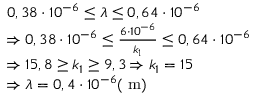
\begin{array} { r l } & { 0 , 3 8 \cdot 1 0 ^ { - 6 } \leq \lambda \leq 0 , 6 4 \cdot 1 0 ^ { - 6 } } \\ & { \Rightarrow 0 , 3 8 \cdot 1 0 ^ { - 6 } \leq \frac { 6 \cdot 1 0 ^ { - 6 } } { k _ { 1 } } \leq 0 , 6 4 \cdot 1 0 ^ { - 6 } } \\ & { \Rightarrow 1 5 , 8 \geq k _ { 1 } \geq 9 , 3 \Rightarrow k _ { 1 } = 1 5 } \\ & { \Rightarrow \lambda = 0 , 4 \cdot 1 0 ^ { - 6 } ( \mathrm { ~ m } ) } \end{array}